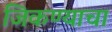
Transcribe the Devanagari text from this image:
जिकण्याचा